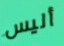
أليس